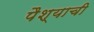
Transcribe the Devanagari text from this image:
पैश्याची